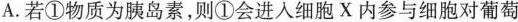
A.若①物质为胰岛素，则①会进入细胞X内参与细胞对葡萄